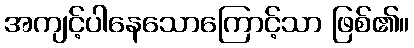
အကျင့်ပါနေသောကြောင့်သာ ဖြစ်၏။